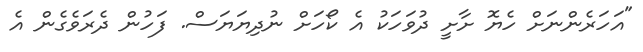
"އަހަރެންނަށް ހެޔޮ ށާށީ ދުވަހަކު އެ ކޯހަށް ނުދިޔަޔަސް. ފަހުން ދެރަވެގެން އެ